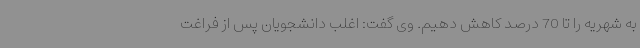
به شهریه را تا 70 درصد کاهش دهیم. وی گفت: اغلب دانشجویان پس از فراغت